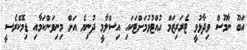
އަބޫ ނާމޫސް ވިދާޅުވީ ޓެރަރިޒަމް ހުއްޓުވުމަށްޓަކައި އިސްލާމީ ދުނިޔެ އަށް މިނިވަންކަމާއި ޑިމޮކްރެސީ